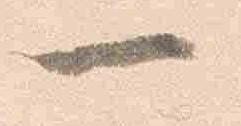
一